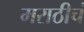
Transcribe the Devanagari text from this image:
मराठीचं